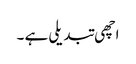
اچھی تبدیلی ہے ۔